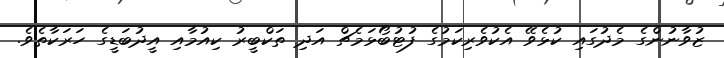
ޒުވާނުންގެ މެދުގައި ކުޅެވޭ އެކުވެރިކަމުގެ ފުޓުބޯޅަމެޗް އަދި ތަކްބީރު ކިއުމާއި އީދުބަޑީގެ ހަރަކާތެވެ.